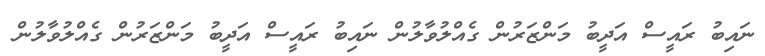
ނައިބު ރައީސް އަދީބު މަންޒަރުން ގެއްލުވާލުން ނައިބު ރައީސް އަދީބު މަންޒަރުން ގެއްލުވާލުން